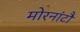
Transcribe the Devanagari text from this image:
मोरनांटौ